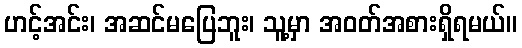
ဟင့်အင်း၊ အဆင်မပြေဘူး၊ သူ့မှာ အဝတ်အစားရှိရမယ်။